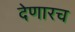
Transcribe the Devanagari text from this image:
देणारच